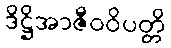
ဒိဋ္ဌိအာဇီဝဝိပတ္တိ